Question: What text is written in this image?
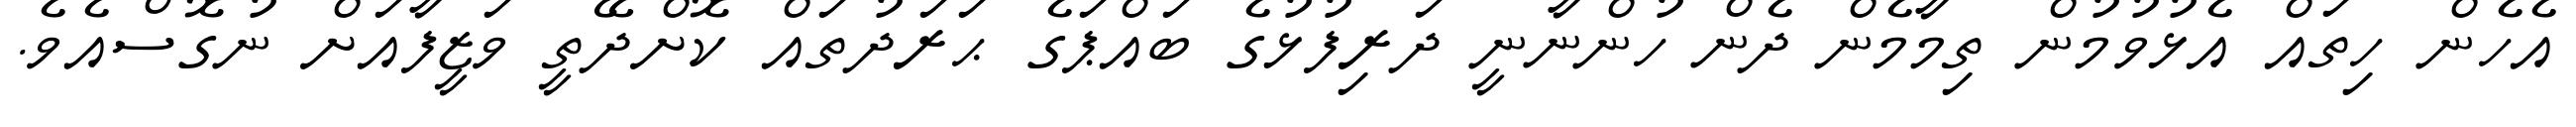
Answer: އެހެން ހިތައް އެޅުވުމުން ތިމާމެން ދެން ހުންނާނީ ދަރިފުޅުގެ ބައްޕަގެ ޙަރަދުތައް ކޮށްދޭތީ ވަޒީފާއަށް ނުގޮސްއެވެ.